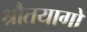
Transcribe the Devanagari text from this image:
श्रौतयागों